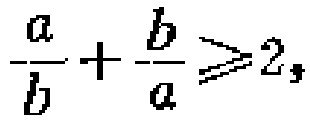
\frac{a}{b}+\frac{b}{a}\geqslant2,